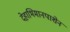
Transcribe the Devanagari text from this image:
देहाभिमानपाशेन